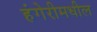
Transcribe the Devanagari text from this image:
हंगेरीमधील